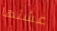
عشتها